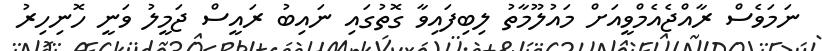
ނަމަވެސް ރާއްޖެއެމްވީއަށް މައުލޫމާތު ލިބިފައިވާ ގޮތުގައި ނައިބު ރައީސް ޖަމީލު ވަނީ ހޮނިހިރު